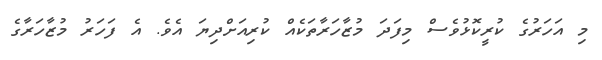
މި އަހަރުގެ ކުރީކޮޅުވެސް މިފަދަ މުޒާހަރާތަކެއް ކުރިއަށްދިޔަ އެވެ. އެ ފަހަރު މުޒާހަރާގެ